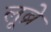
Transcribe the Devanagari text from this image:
लूब्रे